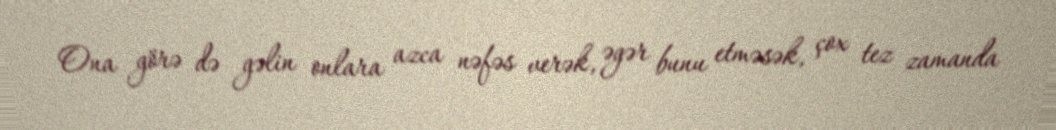
Ona görə də gəlin onlara azca nəfəs verək, əgər bunu etməsək, çox tez zamanda